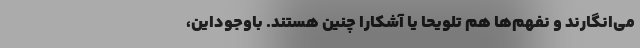
می‌انگارند و نفهم‌ها هم تلویحاً یا آشکارا چنین هستند. باوجوداین،